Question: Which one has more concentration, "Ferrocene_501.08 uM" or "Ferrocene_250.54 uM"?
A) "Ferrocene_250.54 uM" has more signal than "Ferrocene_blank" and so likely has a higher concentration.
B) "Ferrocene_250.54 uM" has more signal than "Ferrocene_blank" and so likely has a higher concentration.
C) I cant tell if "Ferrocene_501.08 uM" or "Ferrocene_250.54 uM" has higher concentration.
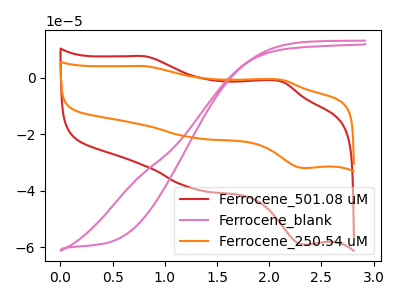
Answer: <think>The red curve "Ferrocene_501.08 uM" has anodic peaks at (0.80V, 7.60uA) (2.10V, -1.30uA) and cathodic peaks at (1.30V, -39.35uA) (2.35V, -59.10uA). The pink curve "Ferrocene_blank" has no peaks. The orange curve "Ferrocene_250.54 uM" has anodic peaks at (0.80V, 4.10uA) (2.10V, -0.70uA) and cathodic peaks at (1.30V, -21.30uA) (2.35V, -31.95uA).
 All the peaks in "Ferrocene_501.08 uM" have a peak in "Ferrocene_250.54 uM" at the same potential.</think>
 <answer>C) I cant tell if "Ferrocene_501.08 uM" or "Ferrocene_250.54 uM" has higher concentration.</answer>
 <eval>C</eval>